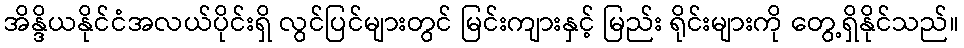
အိန္ဒိယနိုင်ငံအလယ်ပိုင်းရှိ လွင်ပြင်များတွင် မြင်းကျားနှင့် မြည်း ရိုင်းများကို တွေ့ရှိနိုင်သည်။